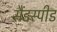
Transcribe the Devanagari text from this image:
सैंडस्‍पीड